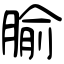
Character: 腧